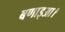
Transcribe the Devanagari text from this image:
बणाइआ।